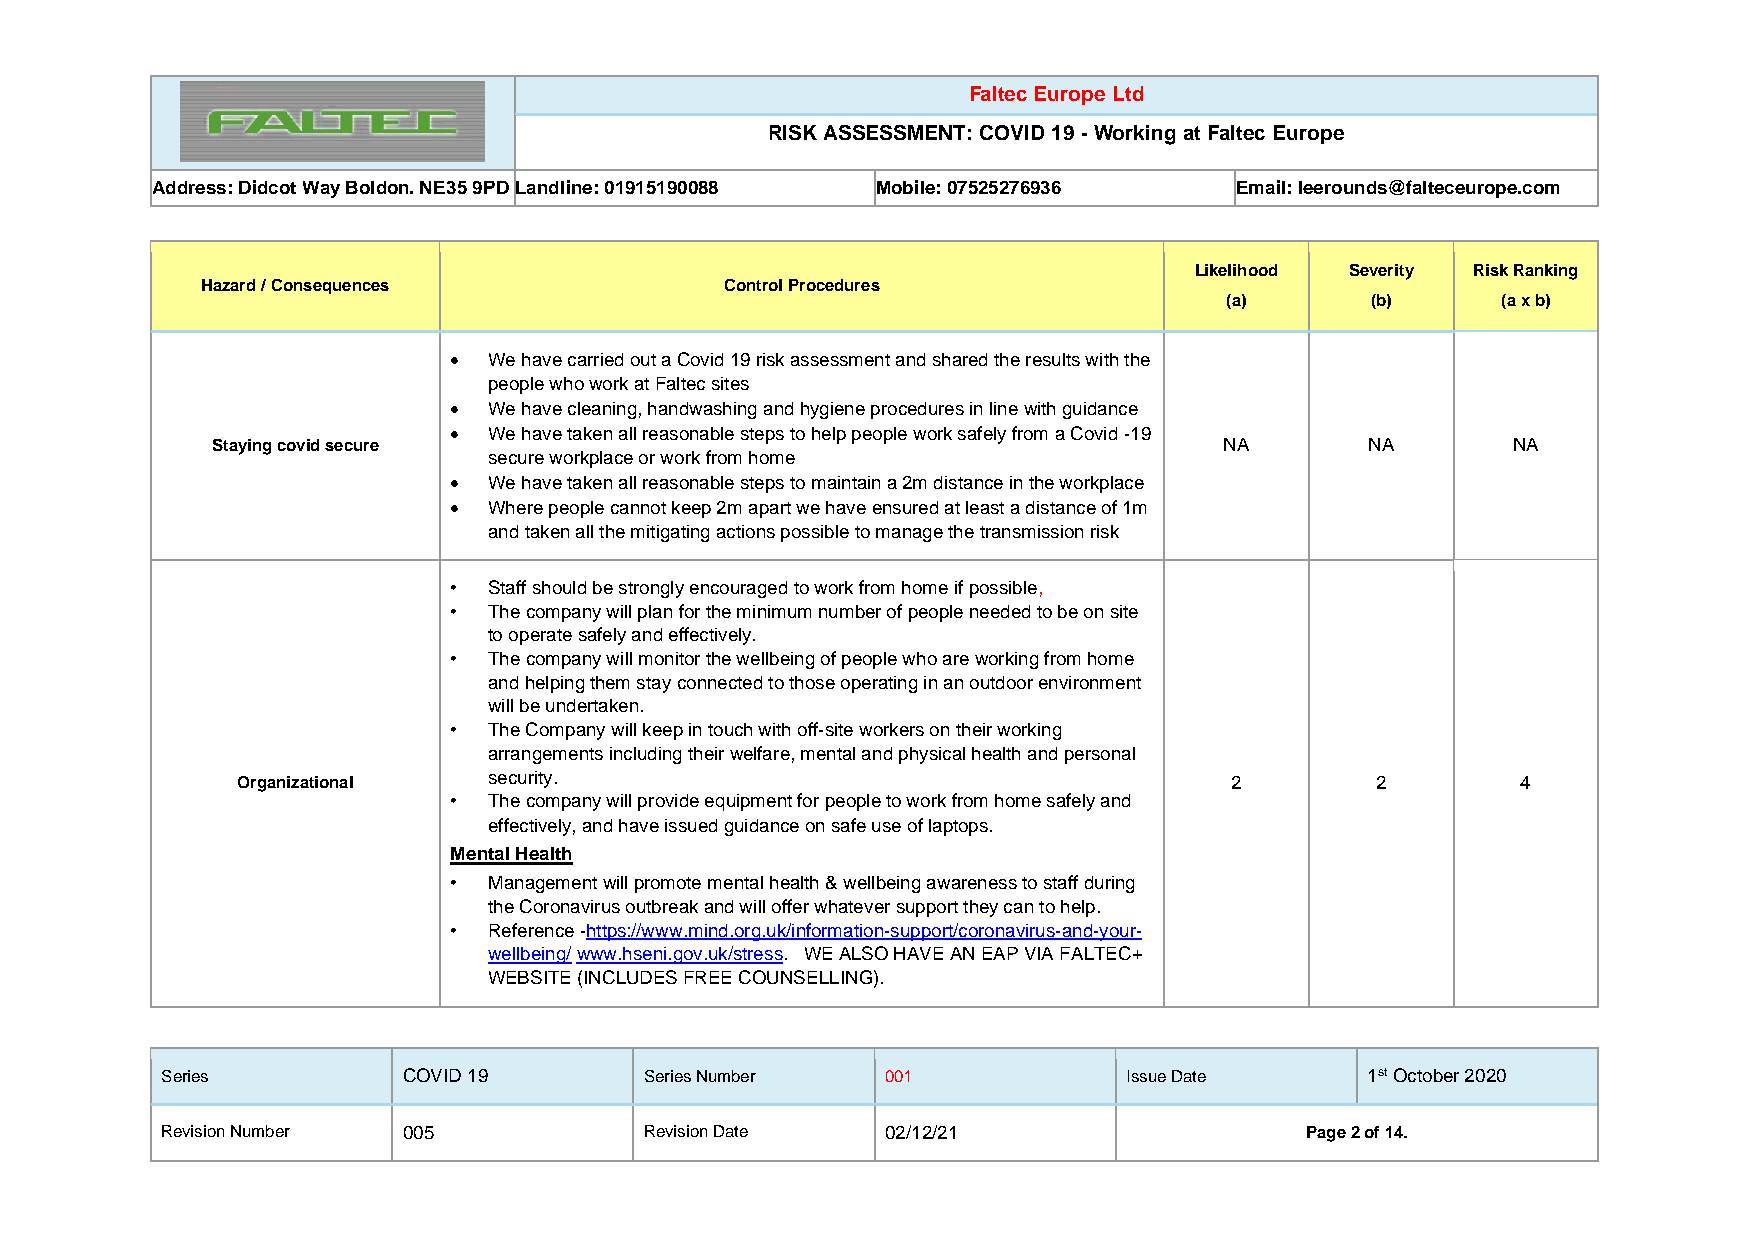
Faltec Europe Ltd
 RISK ASSESSMENT: COVID 19 - Working at Faltec Europe
 Address: Didcot Way Boldon. NE35 9PD Landline: 01915190088 Mobile: 07525276936 Email: leerounds@falteceurope.com
 Likelihood Severity Risk Ranking
 Hazard / Consequences              Control Procedures
 (a)       (b)     (a x b)
 • We have carried out a Covid 19 risk assessment and shared the results with the
 people who work at Faltec sites
 • We have cleaning, handwashing and hygiene procedures in line with guidance
 • We have taken all reasonable steps to help people work safely from a Covid -19
 Staying covid secure                                               NA        NA       NA
 secure workplace or work from home
 • We have taken all reasonable steps to maintain a 2m distance in the workplace
 • Where people cannot keep 2m apart we have ensured at least a distance of 1m
 and taken all the mitigating actions possible to manage the transmission risk
 • Staff should be strongly encouraged to work from home if possible,
 • The company will plan for the minimum number of people needed to be on site
 to operate safely and effectively.
 • The company will monitor the wellbeing of people who are working from home
 and helping them stay connected to those operating in an outdoor environment
 will be undertaken.
 • The Company will keep in touch with off-site workers on their working
 arrangements including their welfare, mental and physical health and personal
 Organizational  security.                                        2         2         4
 • The company will provide equipment for people to work from home safely and
 effectively, and have issued guidance on safe use of laptops.
 Mental Health
 • Management will promote mental health & wellbeing awareness to staff during
 the Coronavirus outbreak and will offer whatever support they can to help.
 • Reference -https://www.mind.org.uk/information-support/coronavirus-and-your-
 wellbeing/ www.hseni.gov.uk/stress. WE ALSO HAVE AN EAP VIA FALTEC+
 WEBSITE (INCLUDES FREE COUNSELLING).
 Series          COVID 19        Series Number   001             Issue Date      1st October 2020
 Revision Number 005             Revision Date   02/12/21                   Page 2 of 14.